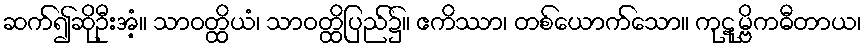
ဆက်၍ဆိုဦးအံ့။ သာဝတ္ထိယံ၊ သာဝတ္ထိပြည်၌။ ဧကိဿာ၊ တစ်ယောက်သော။ ကုဋုမ္ဗိကဓီတာယ၊